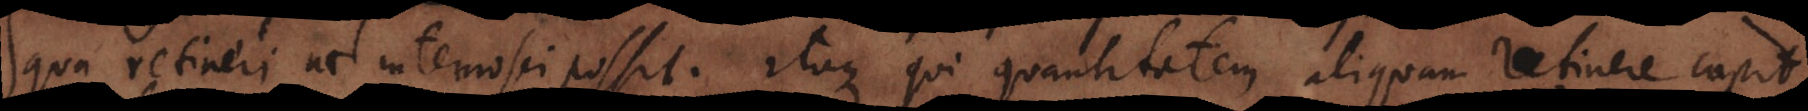
qua retineri ac internosci possit. Itaque qui quantitatem aliquam retinere capit,